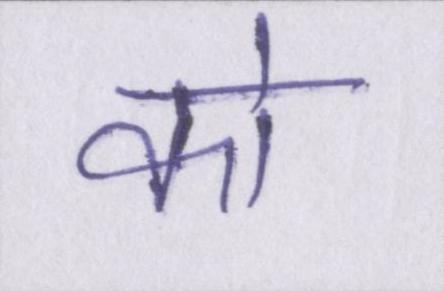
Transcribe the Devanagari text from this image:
को